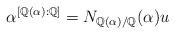
LaTeX: \begin{align*}\alpha^{[\mathbb{Q}(\alpha):\mathbb{Q}]}=N_{\mathbb{Q}(\alpha)/\mathbb{Q}}(\alpha)u\end{align*}